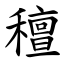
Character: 䆄